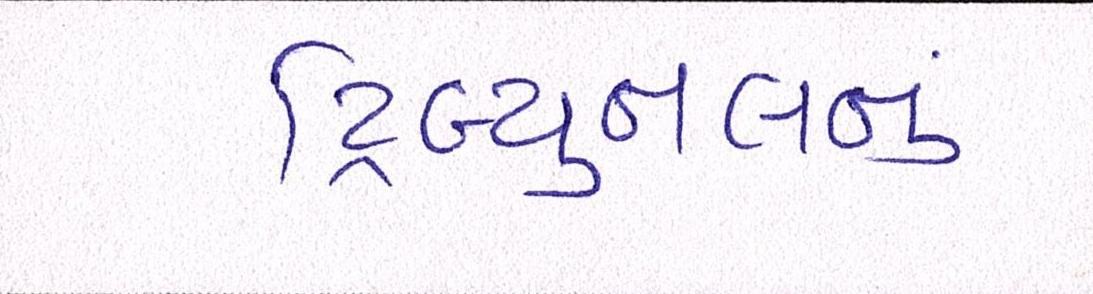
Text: ટ્રિબ્યુનલનું